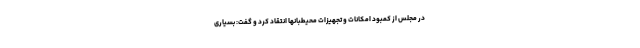
در مجلس از کمبود امکانات و تجهیزات محیطبانها انتقاد کرد و گفت: بسیاری